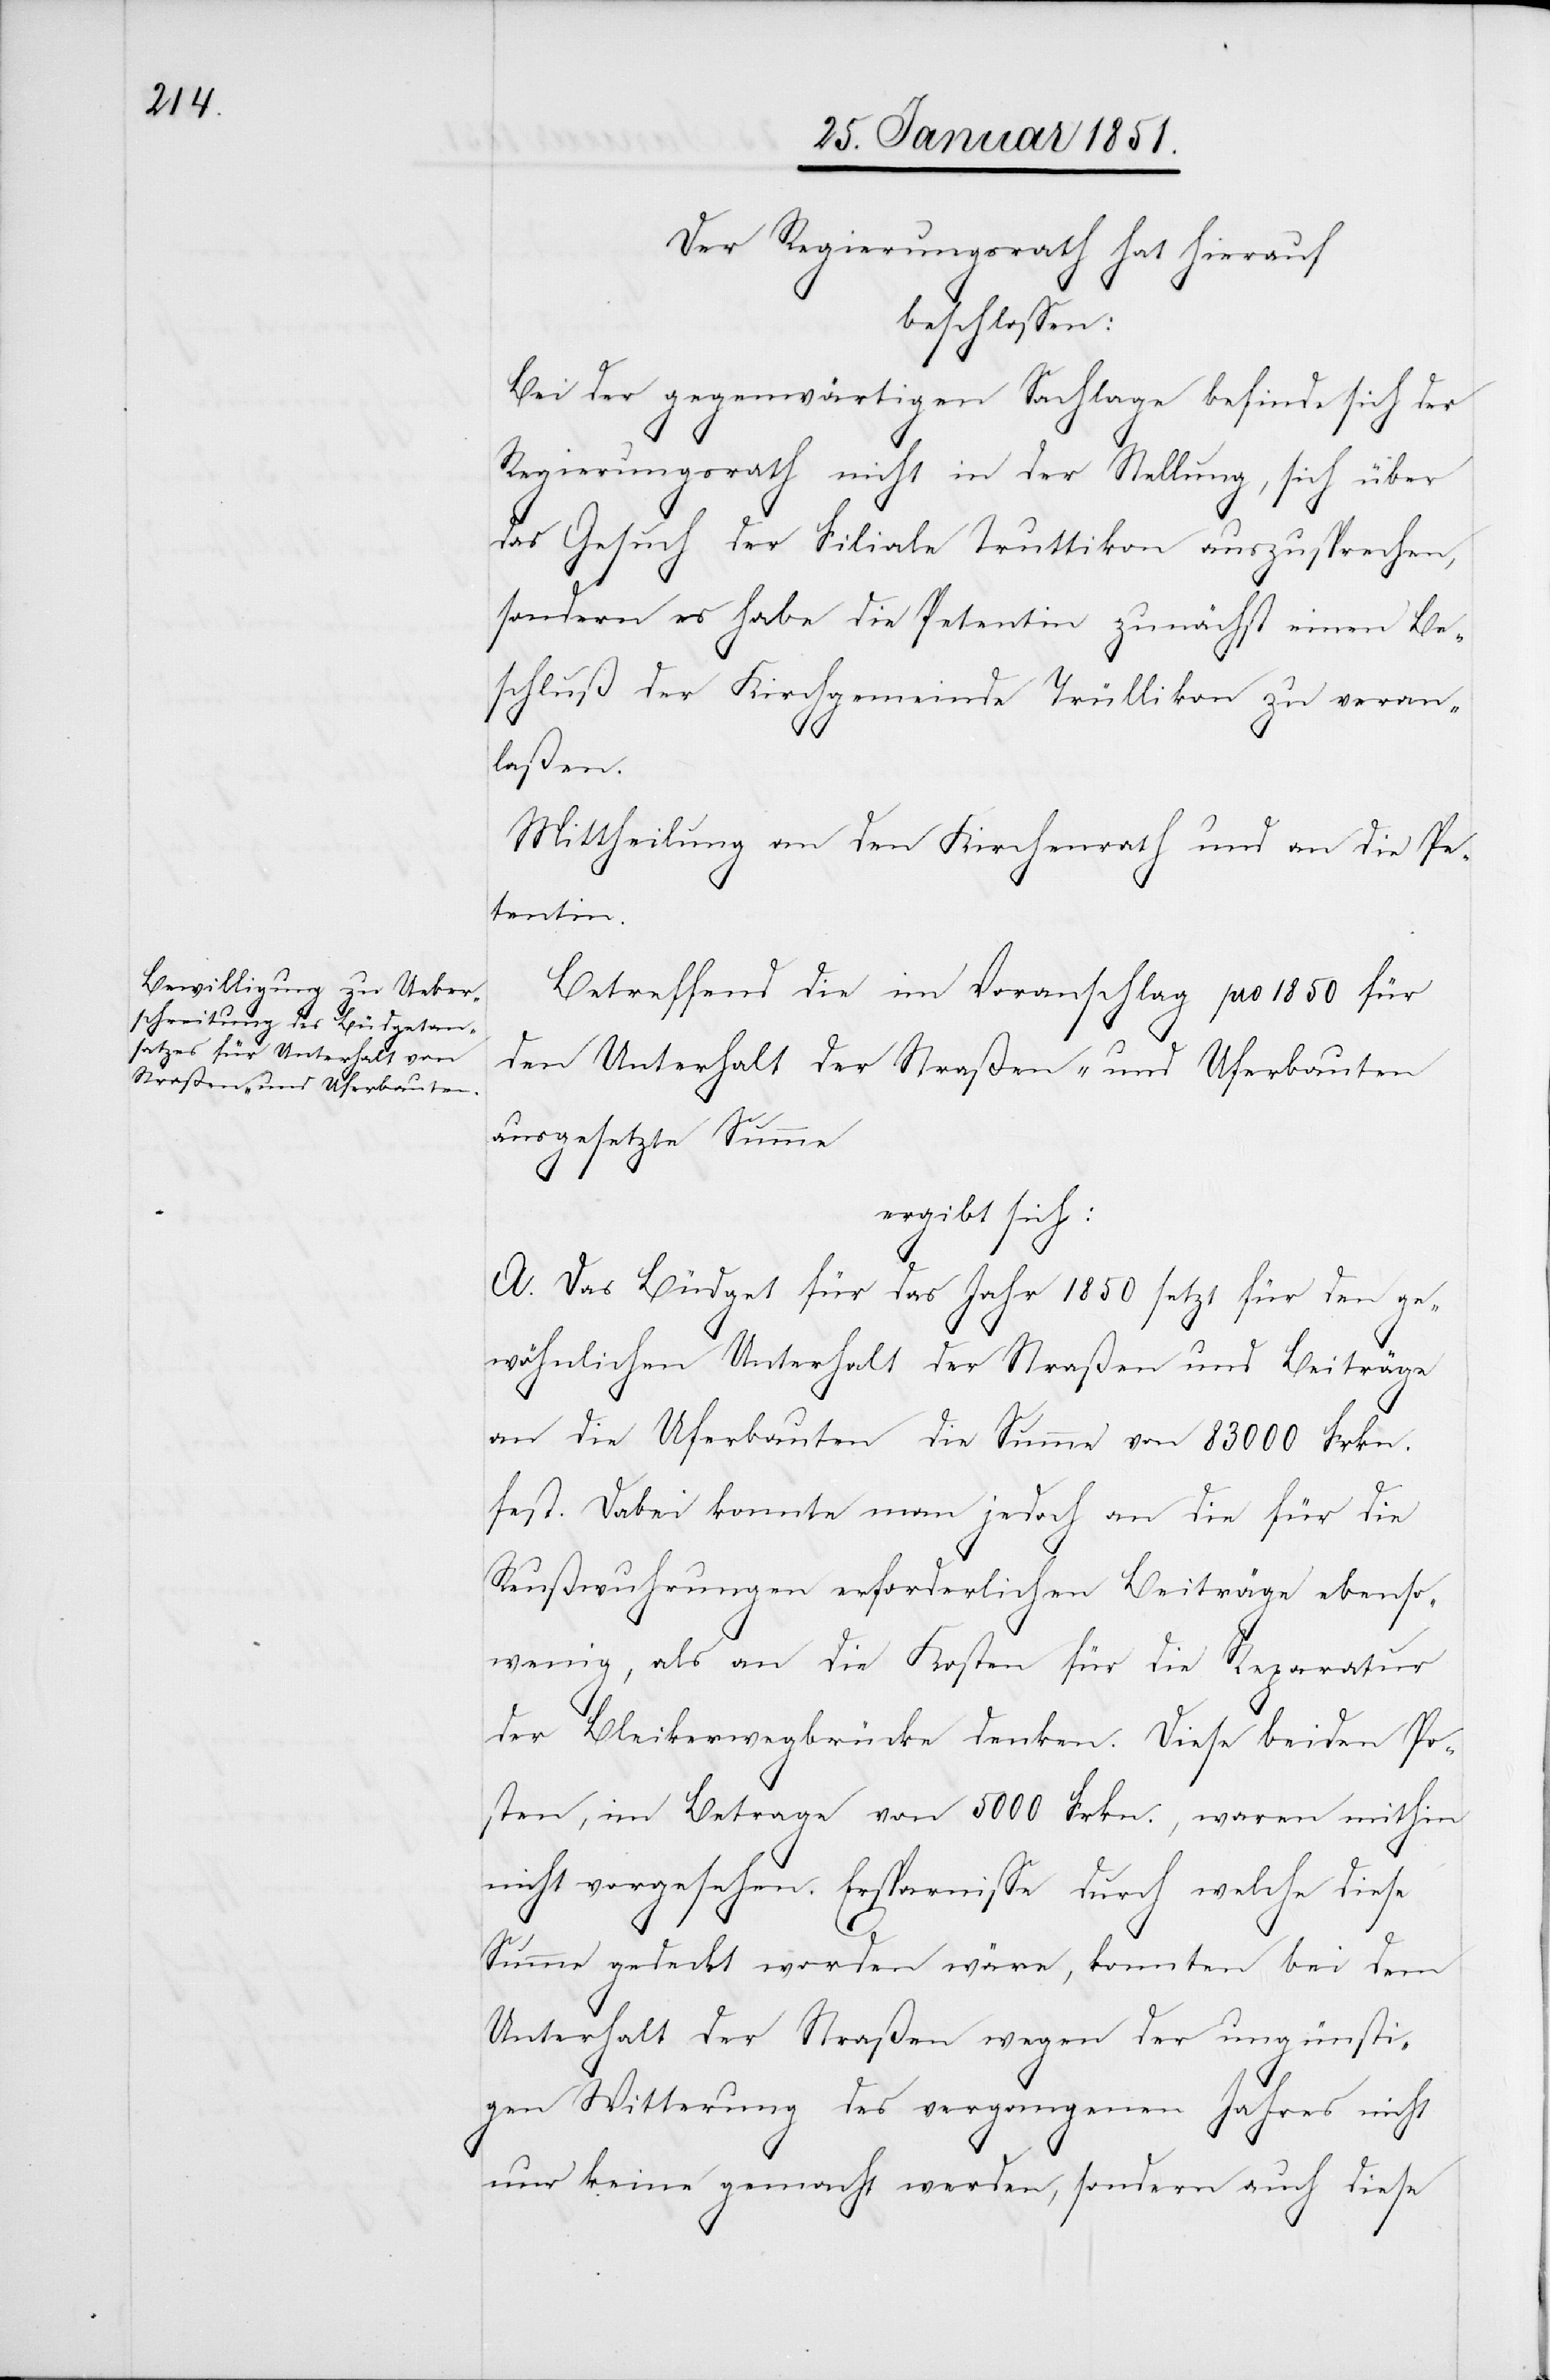
Der Regierungsrath hat hierauf
beschlossen:
Bei der gegenwärtigen Sachlage befinde sich der
Regierungsrath nicht in der Stellung, sich über
das Gesuch der Filiale Truttikon auszusprechen,
sondern es habe die Petentin zunächst einen Be¬
schluß der Kirchgemeinde Trüllikon zu veran¬
laßen.
Mittheilung an den Kirchenrath und an die Pe¬
tentin.
Betreffend die im Voranschlag pro 1850 für
den Unterhalt der Straßen- und Uferbauten
ausgesetzte Summe
ergibt sich:
A. Das Büdget für das Jahr 1850 setzt für den ge¬
wöhnlichen Unterhalt der Straßen und Beiträge
an die Uferbauten die Summe von 83000 Frkn.
fest. Dabei konnte man jedoch an die für die
Reußwuhrungen erforderlichen Beiträge ebenso¬
wenig, als an die Kosten für die Reparatur
der Bleikerwegbrücke denken. Diese beiden Po¬
sten, im Betrage von 5000 Frkn., waren mithin
nicht vorgesehen. Ersparnisse durch welche diese
Summe gedeckt worden wäre, konnten bei dem
Unterhalt der Straßen wegen der ungünsti¬
gen Witterung des vergangenen Jahres nicht
nur keine gemacht werden, sondern auch diese